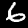
Label: 6